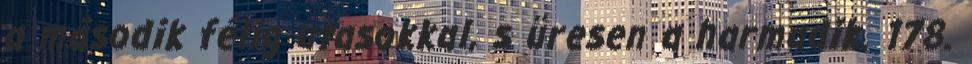
a második félig utasokkal, s üresen a harmadik. 178.